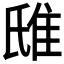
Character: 𨾛